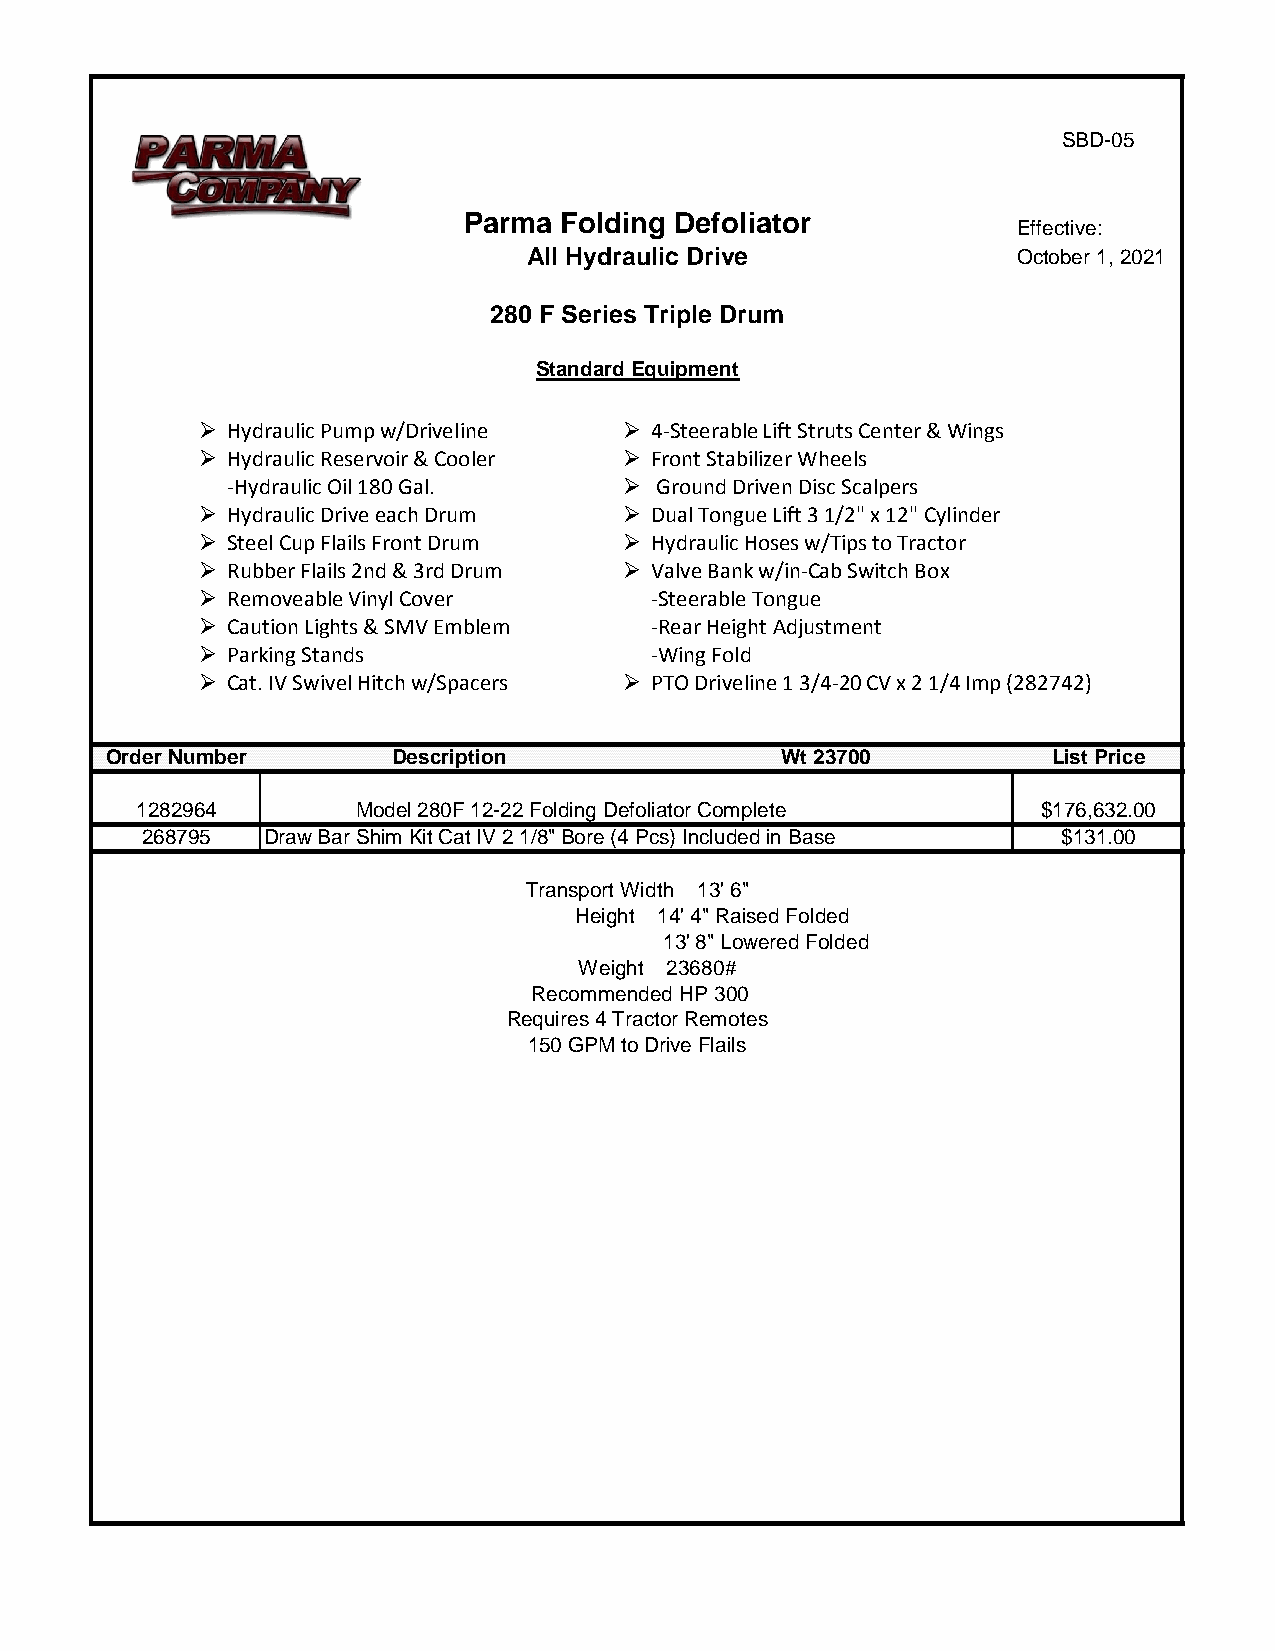
SBD-05
 Parma Folding Defoliator
 Effective:
 All Hydraulic Drive             October 1, 2021
 280 F Series Triple Drum
 Standard Equipment
 ➢ Hydraulic Pump w/Driveline ➢ 4-Steerable Lift Struts Center & Wings
 ➢ Hydraulic Reservoir & Cooler ➢ Front Stabilizer Wheels
 -Hydraulic Oil 180 Gal.   ➢ Ground Driven Disc Scalpers
 ➢ Hydraulic Drive each Drum ➢ Dual Tongue Lift 3 1/2" x 12" Cylinder
 ➢ Steel Cup Flails Front Drum ➢ Hydraulic Hoses w/Tips to Tractor
 ➢ Rubber Flails 2nd & 3rd Drum ➢ Valve Bank w/in-Cab Switch Box
 ➢ Removeable Vinyl Cover      -Steerable Tongue
 ➢ Caution Lights & SMV Emblem -Rear Height Adjustment
 ➢ Parking Stands              -Wing Fold
 ➢ Cat. IV Swivel Hitch w/Spacers ➢ PTO Driveline 1 3/4-20 CV x 2 1/4 Imp (282742)
 Order Number       Description               Wt 23700          List Price
 1282964        Model 280F 12-22 Folding Defoliator Complete $176,632.00
 268795  Draw Bar Shim Kit Cat IV 2 1/8" Bore (4 Pcs) Included in Base $131.00
 Transport Width 13' 6"
 Height 14' 4" Raised Folded
 13' 8" Lowered Folded
 Weight 23680#
 Recommended HP 300
 Requires 4 Tractor Remotes
 150 GPM to Drive Flails